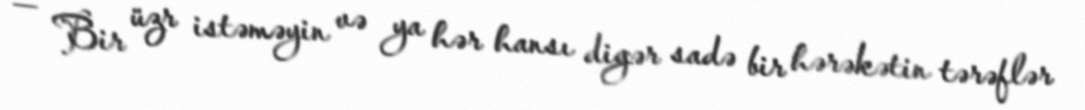
— Bir üzr istəməyin və ya hər hansı digər sadə bir hərəkətin tərəflər